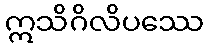
ဣသိဂိလိပဿေ